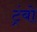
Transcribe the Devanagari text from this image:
ट्रंबो